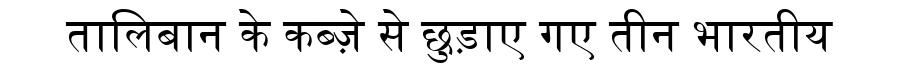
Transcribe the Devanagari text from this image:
तालिबान के कब्ज़े से छुड़ाए गए तीन भारतीय